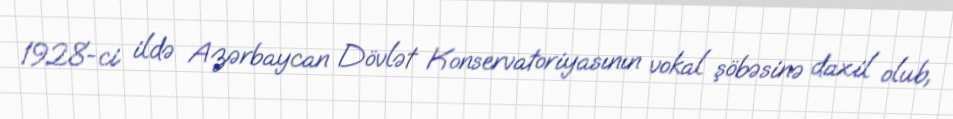
1928-ci ildə Azərbaycan Dövlət Konservatoriyasının vokal şöbəsinə daxil olub,